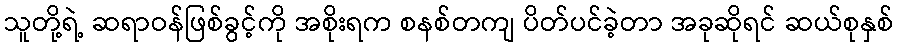
သူတို့ရဲ့ ဆရာဝန်ဖြစ်ခွင့်ကို အစိုးရက စနစ်တကျ ပိတ်ပင်ခဲ့တာ အခုဆိုရင် ဆယ်စုနှစ်